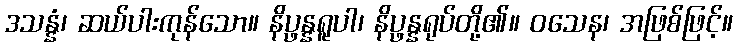
ဒသန္နံ၊ ဆယ်ပါးကုန်သော။ နိပ္ဖန္နရူပါ၊ နိပ္ဖန္နရုပ်တို့၏။ ဝသေန၊ အဖြစ်ဖြင့်။